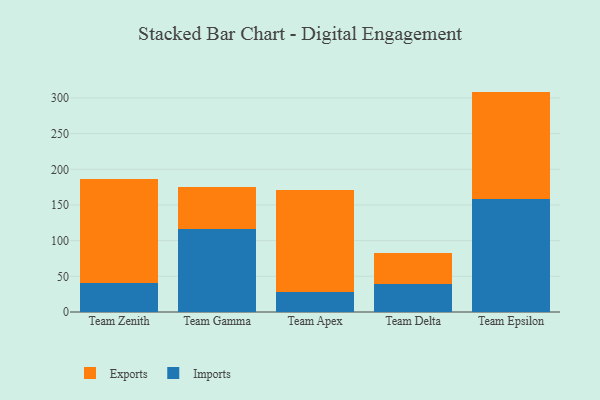
{"axis": {"x": "Team", "y": "Website Visitors"}, "legend": ["Exports", "Imports"], "data": [{"x": "Team Zenith", "y": 40.6, "type": "Imports"}, {"x": "Team Zenith", "y": 146.1, "type": "Exports"}, {"x": "Team Gamma", "y": 116.3, "type": "Imports"}, {"x": "Team Gamma", "y": 58.9, "type": "Exports"}, {"x": "Team Apex", "y": 28.5, "type": "Imports"}, {"x": "Team Apex", "y": 142.7, "type": "Exports"}, {"x": "Team Delta", "y": 39.7, "type": "Imports"}, {"x": "Team Delta", "y": 43.6, "type": "Exports"}, {"x": "Team Epsilon", "y": 158.7, "type": "Imports"}, {"x": "Team Epsilon", "y": 150.2, "type": "Exports"}]}